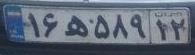
۱۶ه۵۸۹۱۲